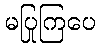
မပြုကြပေ